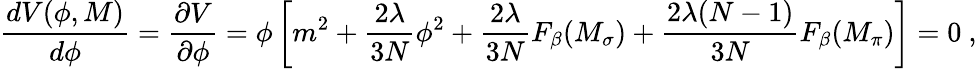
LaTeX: {\frac{dV(\phi,M)}{d\phi}}={\frac{\partial V}{\partial\phi}}=\phi\left[m^{2}+\frac{2\lambda}{3N}\phi^{2}+\frac{2\lambda}{3N}F_{\beta}(M_{\sigma})+\frac{2\lambda(N-1)}{3N}F_{\beta}(M_{\pi})\right]=0~,